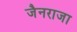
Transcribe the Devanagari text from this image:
जैनराजा